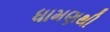
ધામણથી